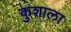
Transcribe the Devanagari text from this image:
कुशाला